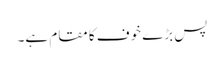
پس بڑے خوف کا مقام ہے۔